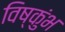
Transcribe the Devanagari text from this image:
विष्कुंभ